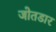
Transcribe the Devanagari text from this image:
जोतडार